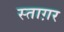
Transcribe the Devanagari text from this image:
स्ताग़र